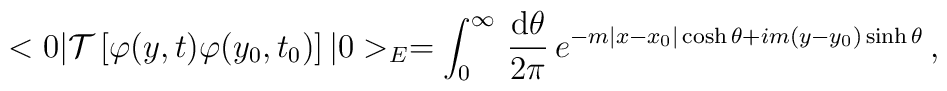
<0|{\cal T}\left[\varphi(y,t)\varphi(y_0,t_0)\right]|0>_E=\int_0^{\infty}\,\frac{\mbox{d}\theta}{2\pi}\,e^{-m|x-x_0|\cosh\theta+im(y-y_0)\sinh\theta}\, ,